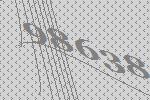
98638